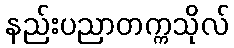
နည်းပညာတက္ကသိုလ်